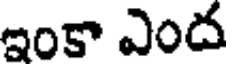
ఇంకా ఎంద